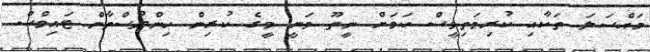
މައްސަލަ ތަކާއި ކުރިމަތިވީސް ކަމަށް ނީތޫ ވަނީ މީގެ ކުރިން ހިންދުސްތާން ޓައިމްސް